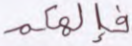
فإلهكم